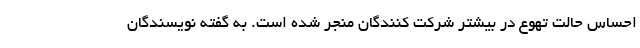
احساس حالت تهوع در بیشتر شرکت کنندگان منجر شده است. به گفته نویسندگان